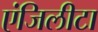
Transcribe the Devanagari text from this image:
एंजिलीटा